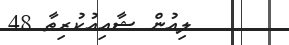
ލިއުން ޝާއިއުކުރިތާ 48